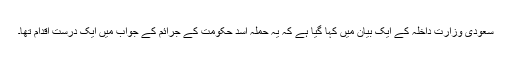
سعودی وزارت داخلہ کے ایک بیان میں کہا گیا ہے کہ یہ حملہ اسد حکومت کے جرائم کے جواب میں ایک درست اقدام تھا۔